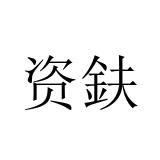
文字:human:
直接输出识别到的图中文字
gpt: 资鈇